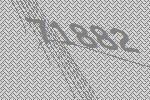
71882